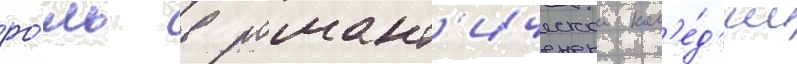
ро́ль в романт'ическои ком'е́д'ии